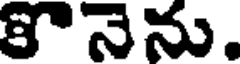
కొనెను.